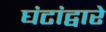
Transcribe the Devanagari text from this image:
घंटांद्वारे